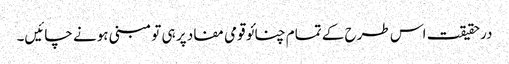
درحقیقت اس طرح کے تمام چنائو قومی مفاد پر ہی تو مبنی ہونے چائیں۔